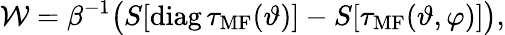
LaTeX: \mathcal{W}=\beta^{-1}\big(S[\mathrm{diag}\, \tau_{\mathrm{MF}}(\vartheta)]-S[\tau_{\mathrm{MF}}(\vartheta,\varphi)]\big),